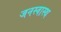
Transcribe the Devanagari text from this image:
जनस्वास्थ